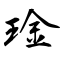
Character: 琻